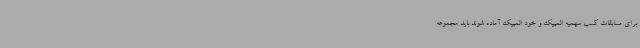
برای مسابقات کسب سهمیه المپیک و خود المپیک آماده شوند باید مجموعه